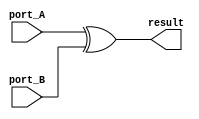
module xor_oper #(parameter DATA_WIDTH = 8)(
	//input
	input [(DATA_WIDTH-1) : 0] port_A,
	input [(DATA_WIDTH-1) : 0] port_B,
	//output
	output [(DATA_WIDTH-1) : 0] result
);

assign result = port_A ^ port_B;

endmodule